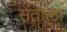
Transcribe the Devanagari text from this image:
संताला